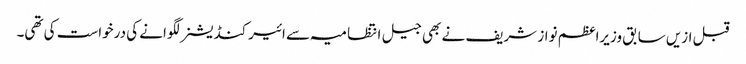
قبل ازیں سابق وزیراعظم نواز شریف نے بھی جیل انتظامیہ سے ائیرکنڈیشنر لگوانے کی درخواست کی تھی۔